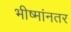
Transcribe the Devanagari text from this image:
भीष्मांनतर